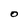
Character: O